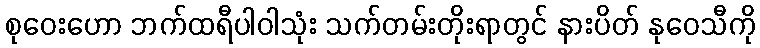
စုဝေးဟော ဘက်ထရီပါဝါသုံး သက်တမ်းတိုးရာတွင် နားပိတ် နုဝေသီကို